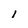
Character: l